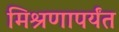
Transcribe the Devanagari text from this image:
मिश्रणापर्यंत